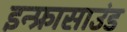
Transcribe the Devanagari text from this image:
इन्फ्रासाउंड